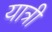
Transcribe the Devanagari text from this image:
यात्री